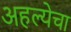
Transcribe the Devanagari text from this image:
अहल्येचा